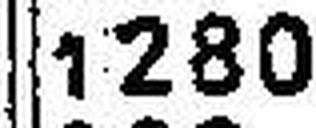
1280